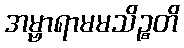
အမ္ဗာရာမမသိဉ္စတိ